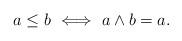
LaTeX: \begin{align*}a \leq b \, \, \Longleftrightarrow\, \, a \land b = a.\end{align*}